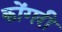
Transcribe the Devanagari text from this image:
कोंगरी